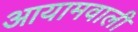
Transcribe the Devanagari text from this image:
आयामवाली